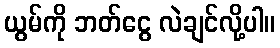
ယွမ်ကို ဘတ်ငွေ လဲချင်လို့ပါ။